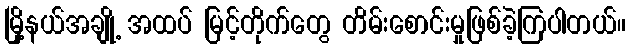
မြို့နယ်အချို့ အထပ် မြင့်တိုက်တွေ တိမ်းစောင်းမှုဖြစ်ခဲ့ကြပါတယ်။